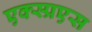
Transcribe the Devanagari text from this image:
एक्स्प्रएस